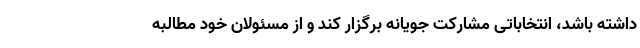
داشته باشد، انتخاباتی مشارکت جویانه برگزار کند و از مسئولان خود مطالبه